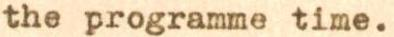
the programme time.